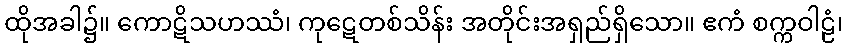
ထိုအခါ၌။ ကောဋိသဟဿံ၊ ကုဋေတစ်သိန်း အတိုင်းအရှည်ရှိသော။ ဧကံ စက္ကဝါဠံ၊